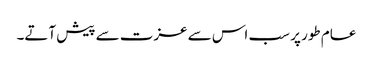
عام طور پر سب اس سے عزت سے پیش آتے۔